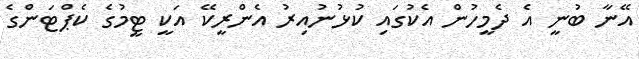
އޭނާ ބުނީ އެ ދެމީހުން އެކުގައި ކުޅުނުއިރު އެންރީކޭ އަކީ ޓީމުގެ ކެޕްޓަންގެ